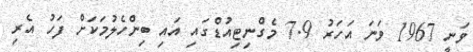
ވަނީ 1967 ވަނަ އަހަރު 7.9 މެގްނިޓިއުޑްގައި އައި ބިންހެލުމަކަށް ފަހު އެރި